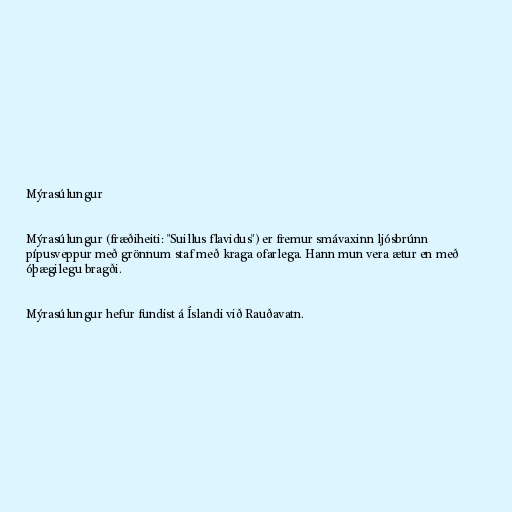
Mýrasúlungur

Mýrasúlungur (fræðiheiti: "Suillus flavidus") er fremur smávaxinn ljósbrúnn
pípusveppur með grönnum staf með kraga ofarlega. Hann mun vera ætur en með
óþægilegu bragði.

Mýrasúlungur hefur fundist á Íslandi við Rauðavatn.